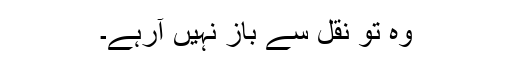
وہ تو نقل سے باز نہیں آرہے۔